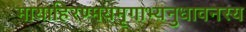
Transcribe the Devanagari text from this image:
मायाहिरण्मयमृगाभ्यनुधावनस्य